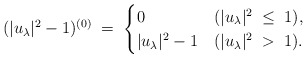
\begin{align*}&( |u_\lambda|^2 -1 )^{(0)} \; = \; \begin{cases}0 & (|u_\lambda|^2 \; \le \; 1),\\|u_\lambda|^2 -1 & (|u_\lambda|^2 \; > \; 1).\end{cases}\end{align*}